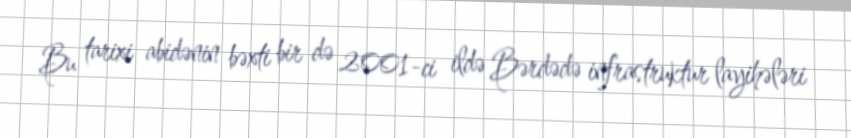
Bu tarixi abidənin bəxti bir də 2001-ci ildə Bərdədə infrastruktur layihələri